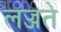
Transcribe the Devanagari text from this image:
लज्जते